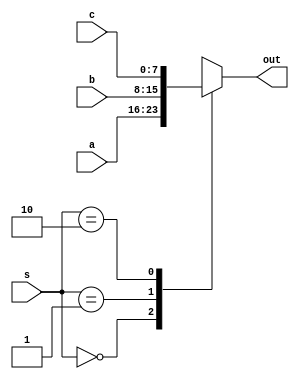
module mux3 #(parameter  WIDTH= 8)
		(input [WIDTH-1:0]	a, b, c,
		 input [1:0] s,
		 output [WIDTH-1:0] out
		  );
		  
		 function [WIDTH-1:0] mux ;
		 input [1:0] s1;
			case(s1)
				2'b00: mux = a;
				2'b01: mux = b;
				2'b10: mux = c;
			endcase
			endfunction
			assign out = mux(s);
endmodule